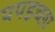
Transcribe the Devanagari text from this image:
पपइच्छा